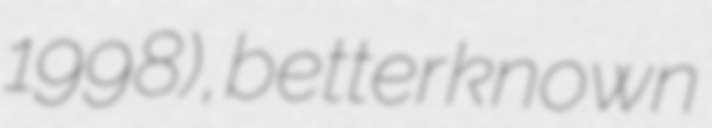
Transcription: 1998), better known